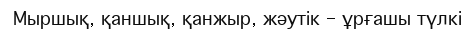
Мыршық, қаншық, қанжыр, жәутік – ұрғашы түлкі